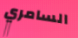
السامري